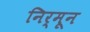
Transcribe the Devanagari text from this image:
निर्मून